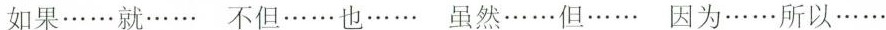
如果……就…… 不但……也…… 虽然……但…… 因为……所以……